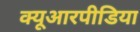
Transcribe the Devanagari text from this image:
क्यूआरपीडिया